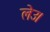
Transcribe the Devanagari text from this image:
लेउ।